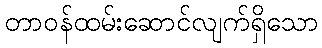
တာဝန်ထမ်းဆောင်လျက်ရှိသော